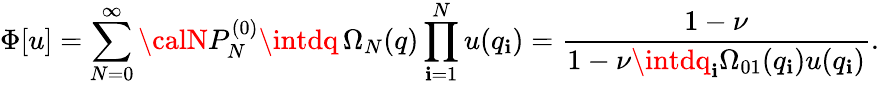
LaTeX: \Phi[u]=\sum_{N=0}^{\infty}{\calN}P_{N}^{(0)}\intdq\, \Omega_{N}(q)\prod_{\mathbf{i}=1}^{N}u(q_{\mathbf{i}})=\frac{{1-\nu}}{{1-\nu\intdq_{\mathbf{i}}\Omega_{01}(q_{\mathbf{i}})u(q_{\mathbf{i}})}}.